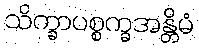
သိက္ခာပစ္စက္ခအန္တိမံ